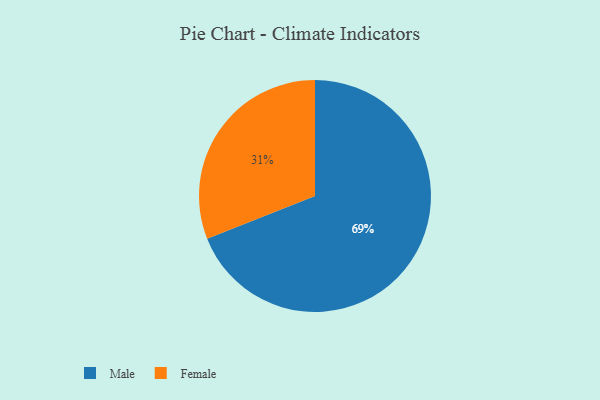
{"axis": {"x": "Category", "y": "Percentage"}, "legend": ["Female", "Male"], "data": [{"x": "Male", "y": 69, "type": "Male"}, {"x": "Female", "y": 31, "type": "Female"}]}